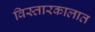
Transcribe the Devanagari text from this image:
विस्तारकालात